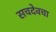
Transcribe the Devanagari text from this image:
सचदेवचा